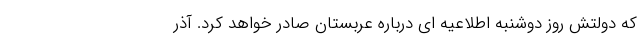
که دولتش روز دوشنبه اطلاعیه ای درباره عربستان صادر خواهد کرد. آذر